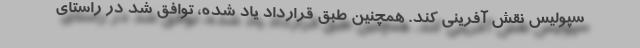
سپولیس نقش آفرینی کند. همچنین طبق قرارداد یاد شده، توافق شد در راستای